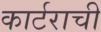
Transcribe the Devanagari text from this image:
कार्टराची